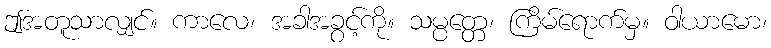
ဤအတူသာလျှင်။ ကာလေ၊ အခါအခွင့်ကို။ သမ္ပတ္တေ၊ ကြိမ်ရောက်မှ။ ဝါယာမော၊